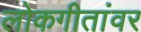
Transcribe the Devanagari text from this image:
लोकगीतांवर